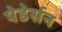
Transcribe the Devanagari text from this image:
पेडेर्सन